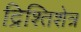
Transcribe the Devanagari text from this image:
द्रिश्तिशेत्र